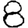
Digit: 8